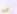
قيود